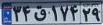
۳۴ق۱۷۴۲۹